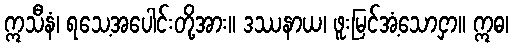
ဣသီနံ၊ ရသေ့အပေါင်းတို့အား။ ဒဿနာယ၊ ဖူးမြင်အံ့သောငှာ။ ဣဓ၊